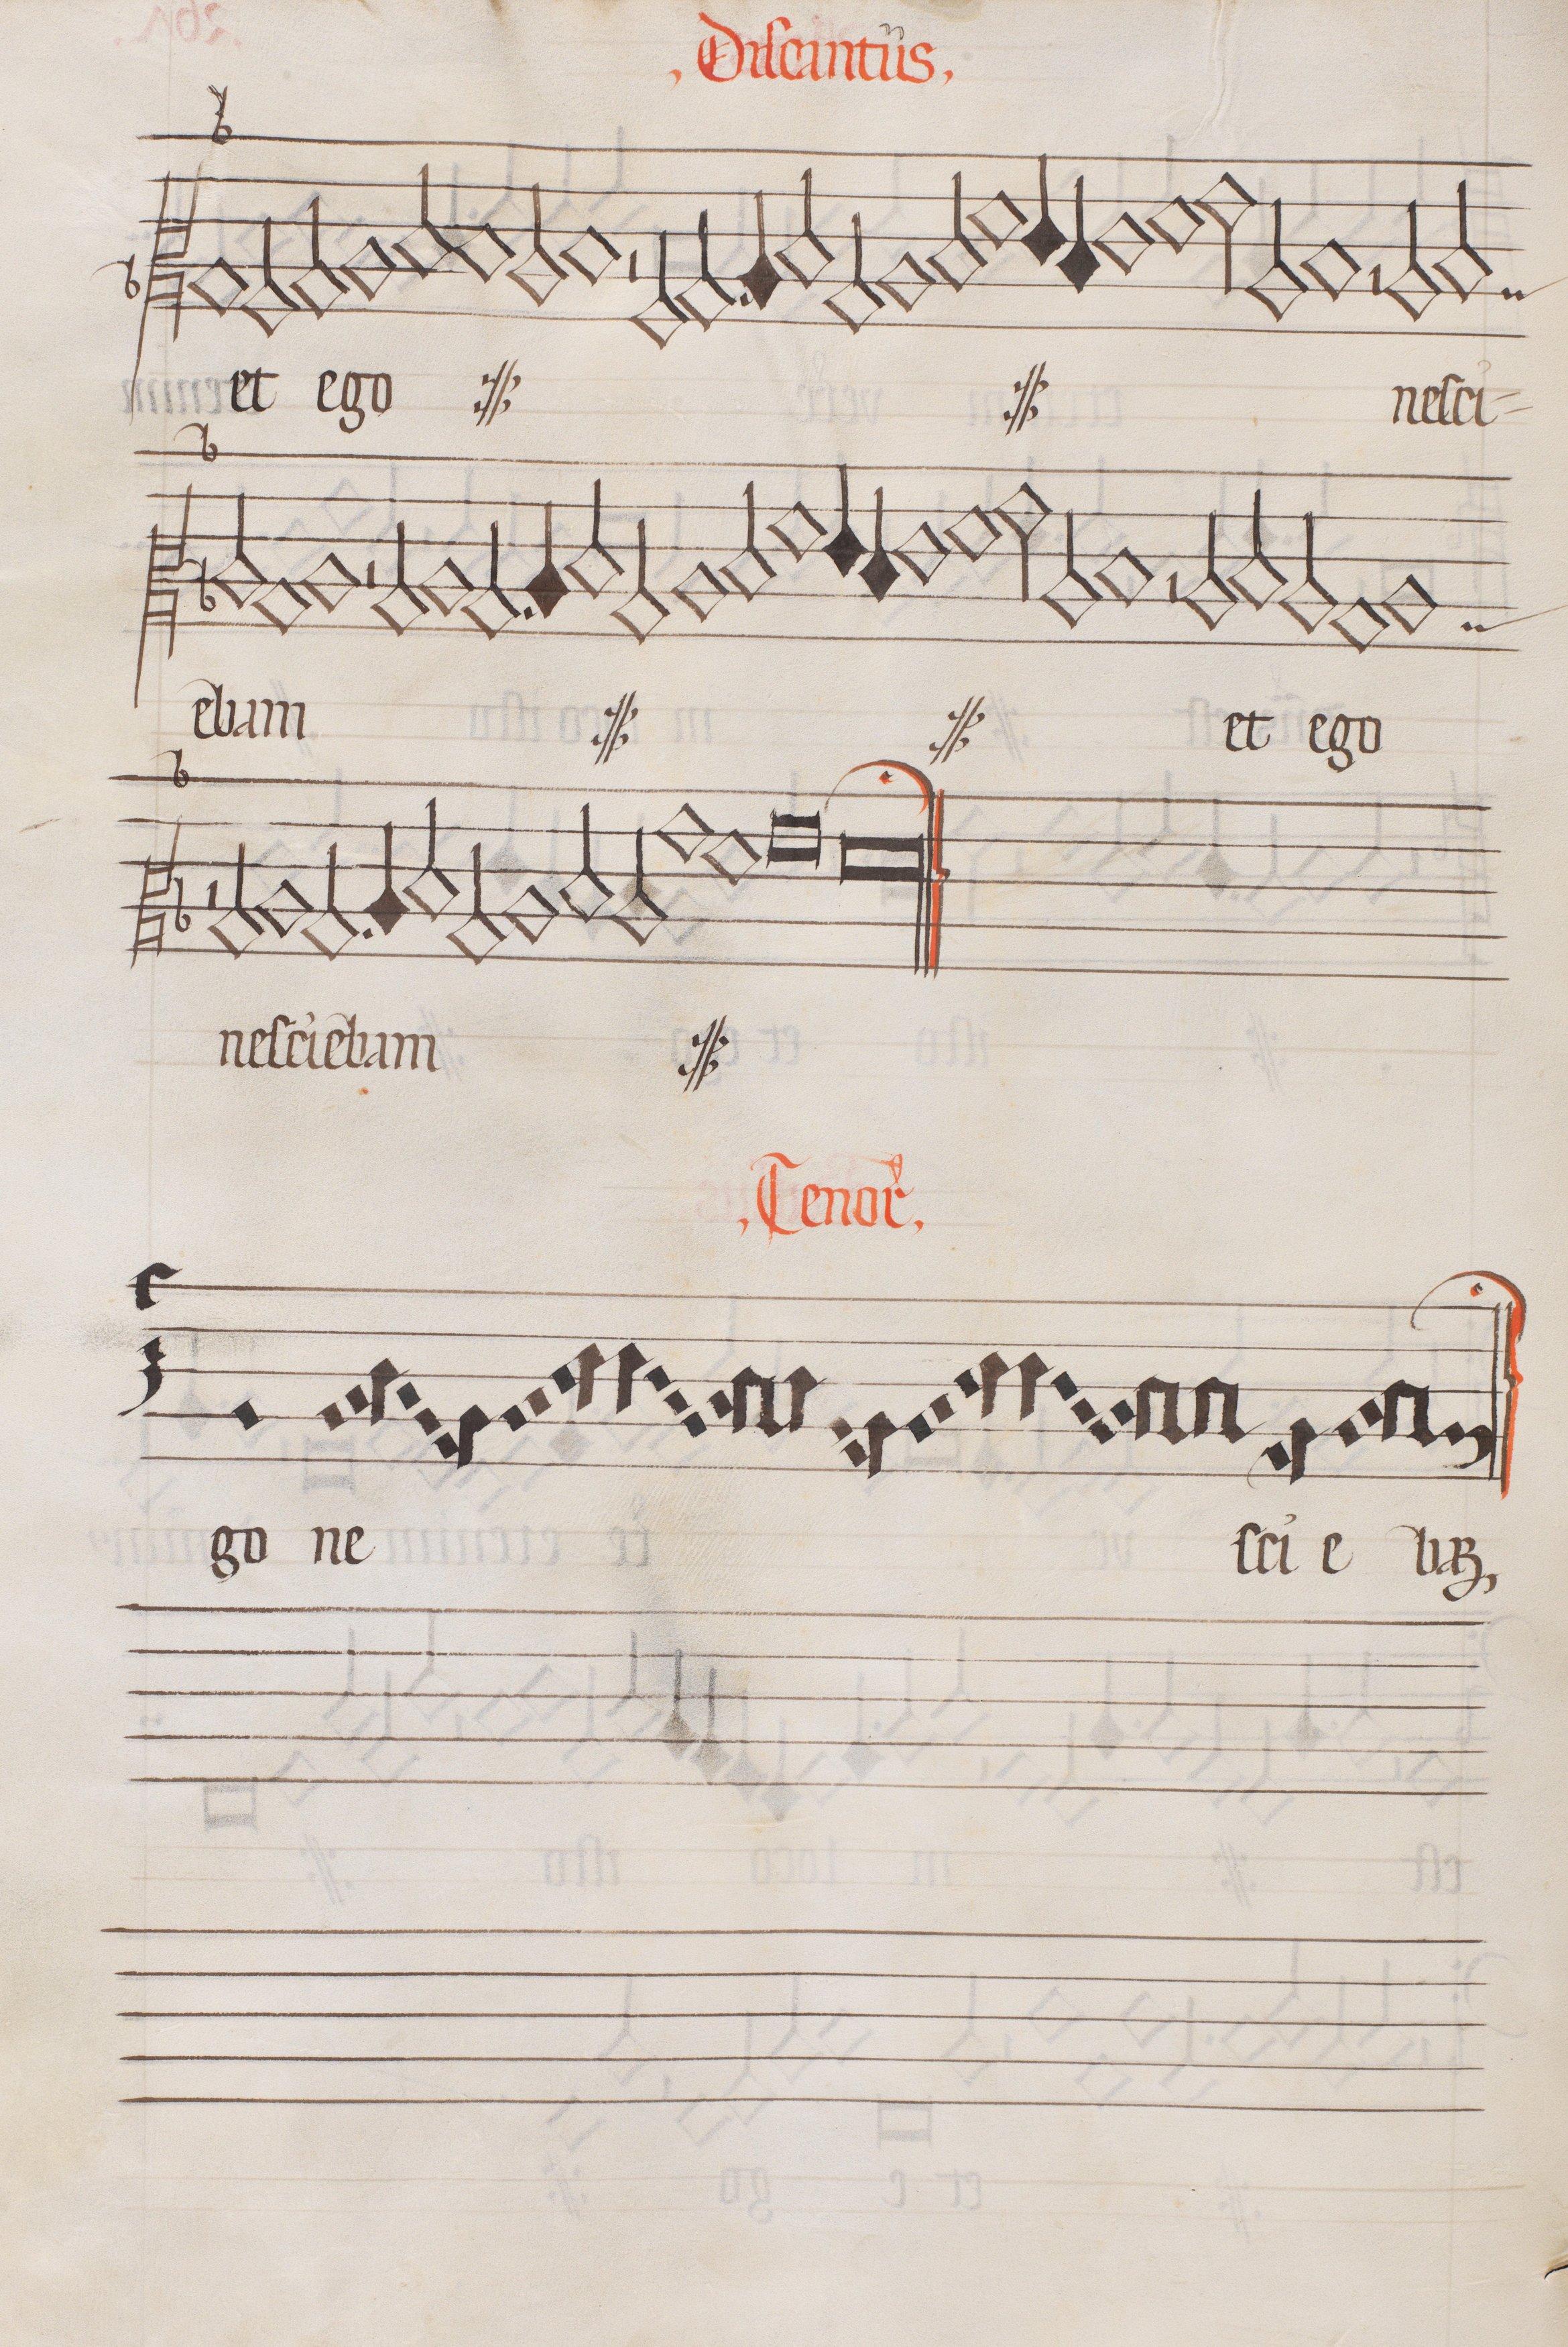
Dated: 1562–1564